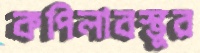
কপিলাবস্তুর